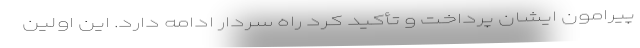
پیرامون ایشان پرداخت و تأکید کرد راه سردار ادامه دارد. این اولین